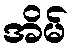
အိမ်